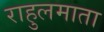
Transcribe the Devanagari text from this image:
राहुलमाता